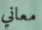
معاني